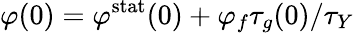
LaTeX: \varphi(0)=\varphi^{\mathrm{stat}}(0)+\varphi_{f}\tau_{g}(0)/\tau_{Y}